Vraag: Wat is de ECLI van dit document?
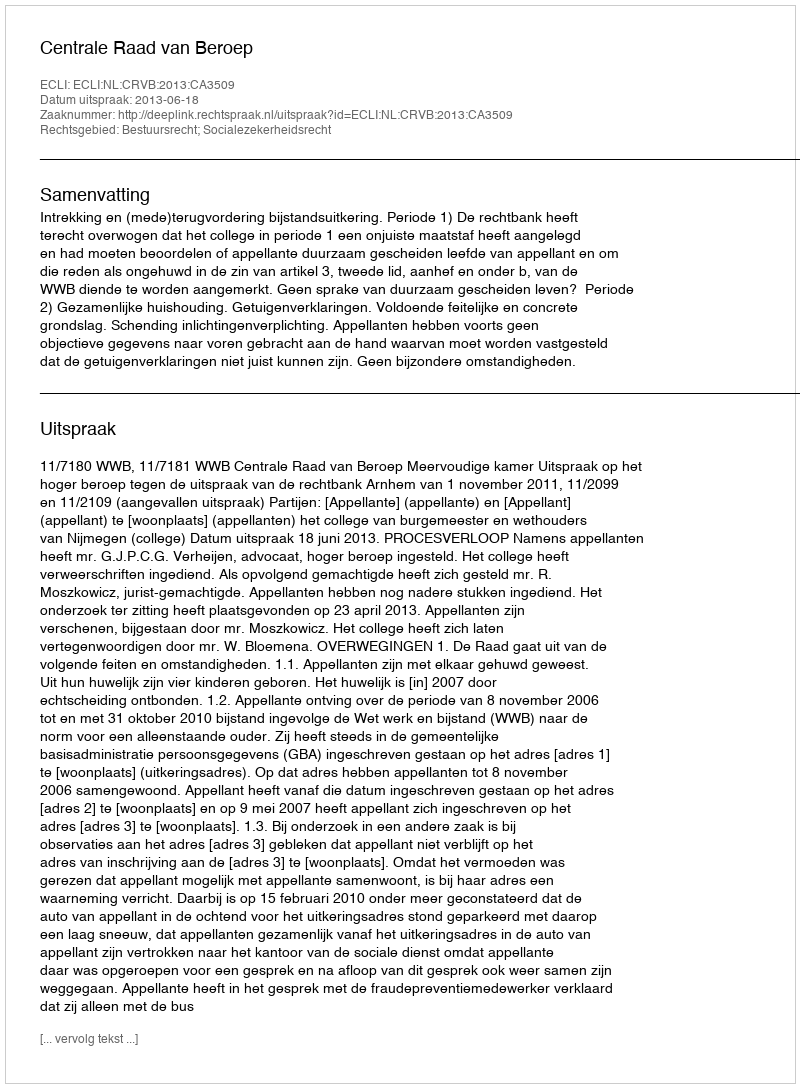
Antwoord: ECLI:NL:CRVB:2013:CA3509